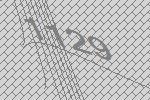
1129